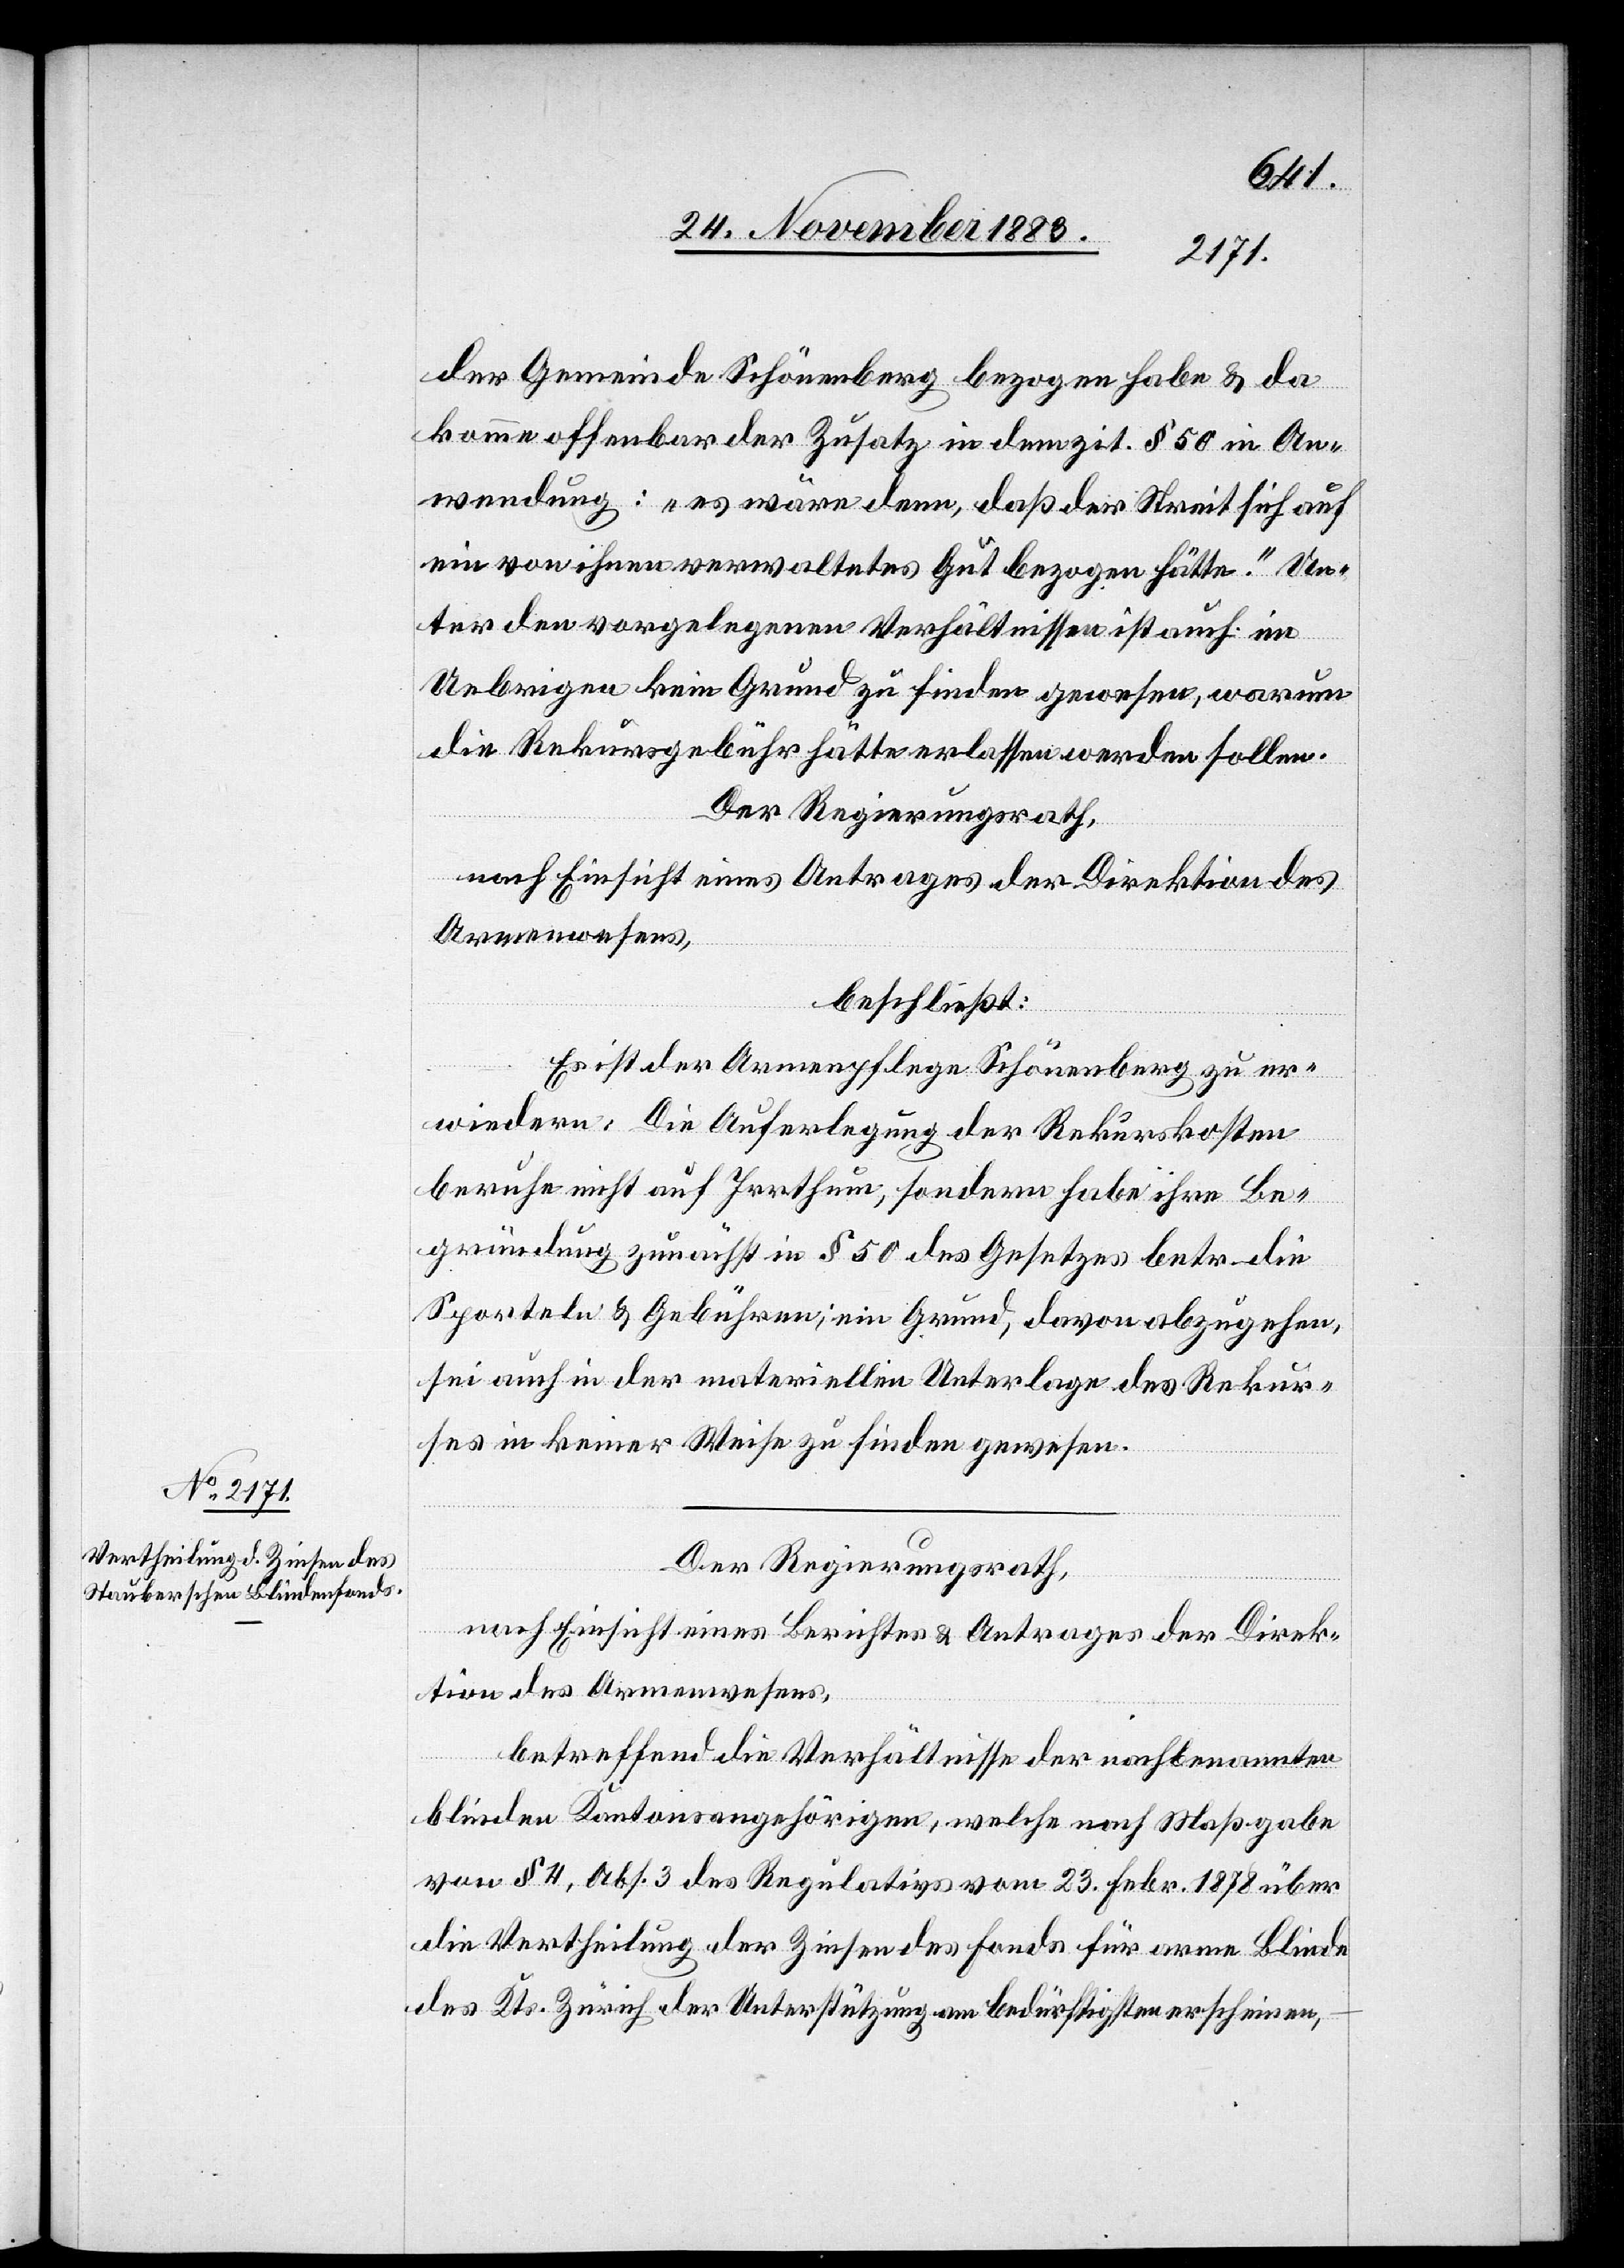
der Gemeinde Schönenberg bezogen habe & da
komme offenbar der Zusatz in dem zit. § 50 in An¬
wendung: „es wäre denn, daß der Streit sich auf
ein von ihnen verwaltetes Gut bezogen hätte.“ Un¬
ter den vorgelegenen Verhältnissen ist auch im
Uebrigen kein Grund zu finden gewesen, warum
die Rekursgebühr hätte erlassen werden sollen.
Der Regierungsrath,
nach Einsicht eines Antrages der Direktion des
Armenwesens,
beschließt:
Es ist der Armenpflege Schönenberg zu er¬
wiedern: Die Auferlegung der Rekurskosten
beruhe nicht auf Irrthum, sondern habe ihre Be¬
gründung zunächst in § 50 des Gesetzes betr. die
Sporteln & Gebühren; ein Grund, davon abzugehen,
sei auch in der materiellen Unterlage des Rekur¬
ses in keiner Weise zu finden gewesen.
Der Regierungsrath,
nach Einsicht eines Berichtes & Antrages der Direk¬
tion des Armenswesens,
betreffend die Verhältnisse der nachbenannten
blinden Kantonsangehörigen, welche nach Maßgabe
von § 4, Abs. 3 des Regulativs vom 23. Febr. 1878 über
die Vertheilung der Zinsen des Fonds für arme Blinde
des Kts. Zürich der Unterstützung am bedürftigsten erscheinen,